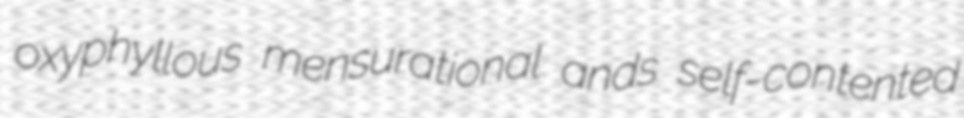
oxyphyllous mensurational ands self-contented